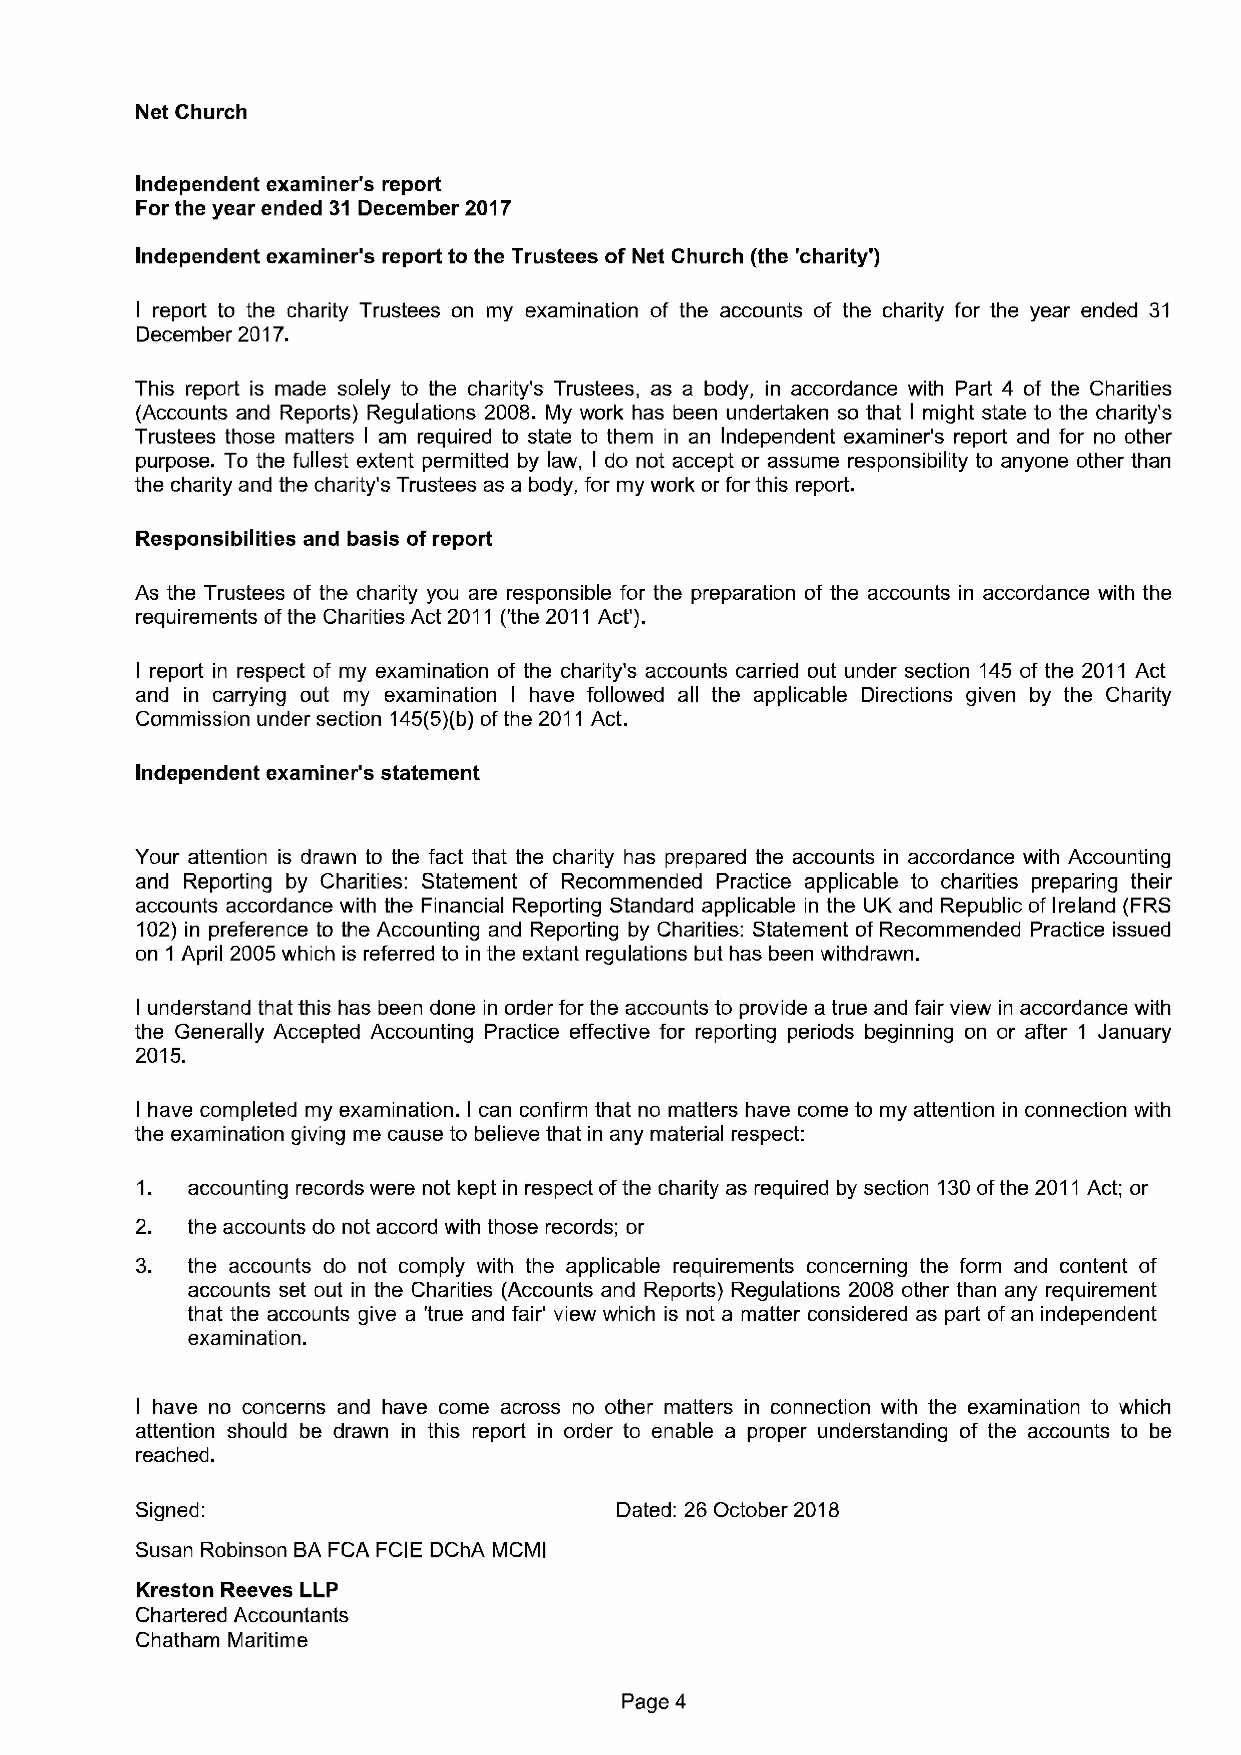
Net Church
 Independent examiner's report
 For the year ended 31 December 2017
 Independent examiner's report to the Trustees of Net Church (the 'charity')
 I report to the charity Trustees on my examination of the accounts of the charity for the year ended 31
 December 2017.
 This report is made solely to the charity's Trustees, as a body, in accordance with Part 4 of the Charities
 (Accounts and Reports) Regulations 2008. My work has been undertaken so that I might state to the charity's
 Trustees those matters I am required to state to them in an Independent examiner's report and for no other
 purpose. To the fullest extent permitted by law, do not accept or assume responsibility to anyone other than
 I
 the charity and the charity's Trustees as a body, for my work or for this report.
 Responsibilities and basis ofreport
 As the Trustees of the charity you are responsible for the preparation of the accounts in accordance with the
 requirements ofthe Charities Act 2011 ('the 2011Act').
 I report in respect of my examination of the charity's accounts carried out under section 145 of the 2011 Act
 and in carrying out my examination I have followed all the applicable Directions given by the Charity
 Commission under section 145(5)(b)ofthe 2011Act.
 Independent examiner's statement
 Your attention is drawn to the fact that the charity has prepared the accounts in accordance with Accounting
 and Reporting by Charities: Statement of Recornrnended Practice applicable to charities preparing their
 accounts accordance with the Financial Reporting Standard applicable in the UK and Republic of Ireland (FRS
 102) in preference to the Accounting and Reporting by Charities: Statement of Recornrnended Practice issued
 on 1 April 2005which is referred to in the extant regulations but has been withdrawn.
 I understand that this has been done in order for the accounts to provide a true and fair view in accordance with
 the Generally Accepted Accounting Practice effective for reporting periods beginning on or after 1 January
 2015.
 I have completed my examination. I can confirm that no matters have come to my attention in connection with
 the examination giving me cause to believe that in any material respect:
 1. accounting records were not kept in respect ofthe charity as required by section 130ofthe 2011 Act; or
 2. the accounts do not accord with those records; or
 3. the accounts do not comply with the applicable requirements concerning the form and content of
 accounts set out in the Charities (Accounts and Reports) Regulations 2008 other than any requirement
 that the accounts give a 'true and fair' view which is not a rnatter considered as part ofan independent
 examination.
 have no concerns and have come across no other matters in connection with the examination to which
 I
 attention should be drawn in this report in order to enable a proper understanding of the accounts to be
 reached.
 Signed:                         Dated: 26 October 2018
 Susan Robinson BAFCA FCIE DChA MCMI
 Kreston Reeves LLP
 Chartered Accountants
 Chatham Maritime
 Page 4